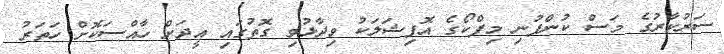
ސަރުކާރުގެ މަސް ކުންފުނި މިފްކޯގެ އޮފިޝަލަކު ވިދާޅުވި ގޮތުގައި އީދަށް ހާއްސަކޮށް ހަތަރު